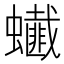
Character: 𧔒